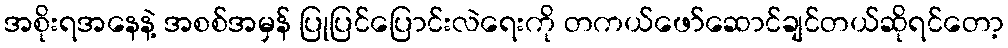
အစိုးရအနေနဲ့ အစစ်အမှန် ပြုပြင်ပြောင်းလဲရေးကို တကယ်ဖော်ဆောင်ချင်တယ်ဆိုရင်တော့